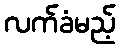
လက်ခံမည့်